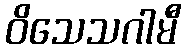
ဝိသေသဂါမီ